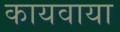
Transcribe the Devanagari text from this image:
कायवाया